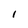
Character: 1